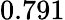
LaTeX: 0.791